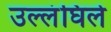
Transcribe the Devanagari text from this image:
उल्लंघिले